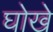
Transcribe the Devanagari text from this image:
घोखे